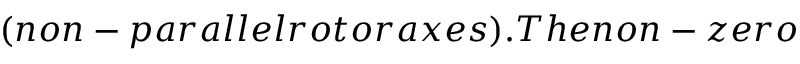
( n o n - p a r a l l e l r o t o r a x e s ) . T h e n o n - z e r o